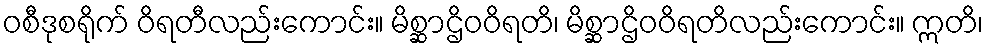
ဝစီဒုစရိုက် ဝိရတီလည်းကောင်း။ မိစ္ဆာဌိဝဝိရတိ၊ မိစ္ဆာဌိဝဝိရတိလည်းကောင်း။ ဣတိ၊